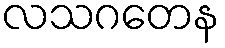
လသဂတေန